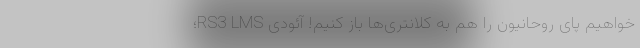
‌خواهیم پای روحانیون را هم به کلانتری‌ها باز کنیم! آئودی RS3 LMS؛